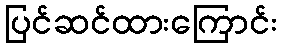
ပြင်ဆင်ထားကြောင်း